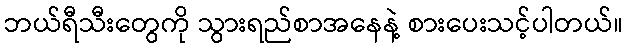
ဘယ်ရီသီးတွေကို သွားရည်စာအနေနဲ့ စားပေးသင့်ပါတယ်။